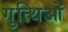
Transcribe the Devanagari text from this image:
गुत्थिओं